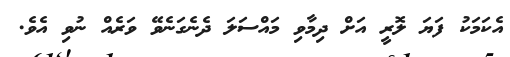
އެކަމަކު ފަޔަ ލޮރީ އަށް ދިމާވި މައްސަލަ ދެނެގަނެވޭ ވަރެއް ނުވި އެވެ.